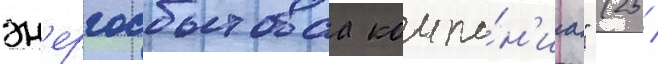
эн'ергосбытоваа компа́н'иа" (25 /